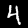
Label: 4